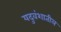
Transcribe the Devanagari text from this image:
यदुवंशातील